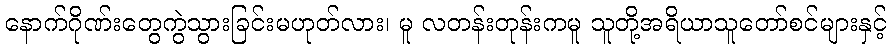
နောက်ဂိုဏ်းတွေကွဲသွားခြင်းမဟုတ်လား၊ မူ လတန်းတုန်းကမူ သူတို့အရိယာသူတော်စင်များနှင့်